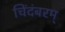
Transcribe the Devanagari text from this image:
चिंदंबरम्